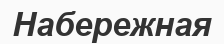
Набережная